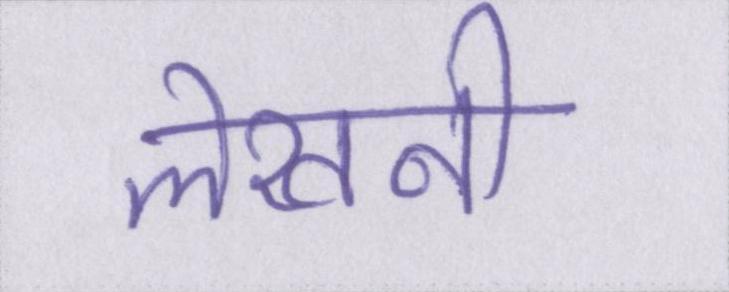
लेखनी